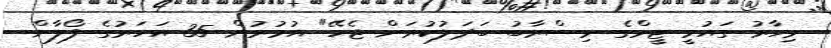
މިހާރު ގައުމީ ޓީމްގެ މިސްރާބު ބަދަލުކުރަން ޖެހޭ" އުމުރުން 35 އަހަރުގެ ފޯލާން